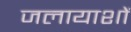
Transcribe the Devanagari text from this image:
जलायाशों